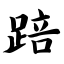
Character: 踣